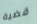
قضية